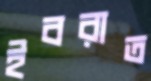
ইবরাত